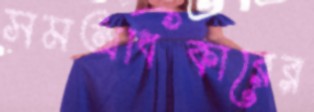
সমঅধিকারের